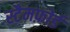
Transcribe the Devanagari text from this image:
स्टैमफ़ोर्ड